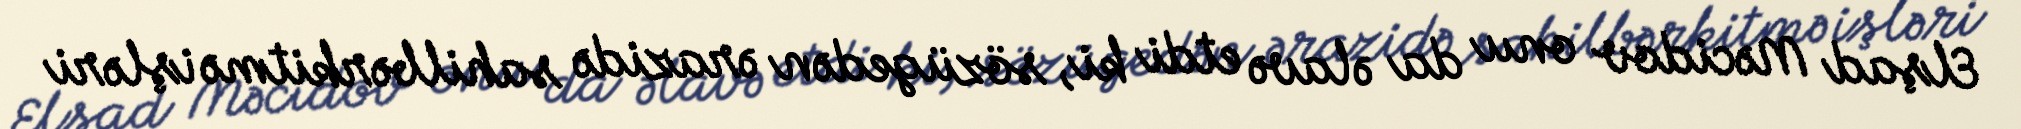
Elşad Məcidov onu da əlavə etdi ki, sözügedən ərazidə sahilbərkitmə işləri